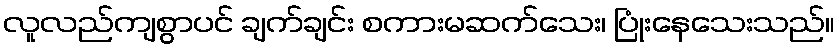
လူလည်ကျစွာပင် ချက်ချင်း စကားမဆက်သေး၊ ပြုံးနေသေးသည်။